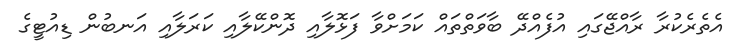
އެތެރެކުރާ ރާއްޖޭގައި އުފެއްދޭ ބާވަތްތައް ކަމަށްވާ ފަޅޮލާއި ދޮންކޭލާއި ކަރަލާއި އަނބުން ޑިއުޓީގެ